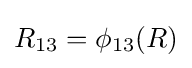
R_{13}=\phi _{13}(R)